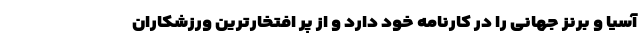
آسیا و برنز جهانی را در کارنامه خود دارد و از پر افتخارترین ورزشکاران